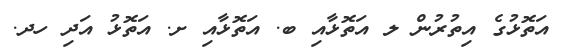
އަތޮޅުގެ އިތުރުން ލ އަތޮޅާއި ބ. އަތޮޅާއި ށ. އަތޮޅު އަދި ހދ.